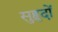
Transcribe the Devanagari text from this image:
सुहृदों